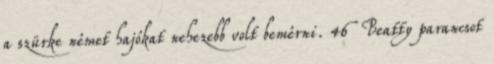
a szürke német hajókat nehezebb volt bemérni. 46 Beatty parancsot